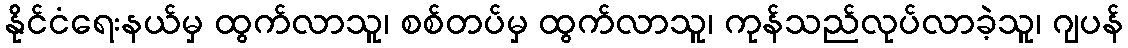
နိုင်ငံရေးနယ်မှ ထွက်လာသူ၊ စစ်တပ်မှ ထွက်လာသူ၊ ကုန်သည်လုပ်လာခဲ့သူ၊ ဂျပန်